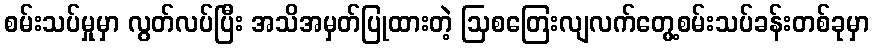
စမ်းသပ်မှုမှာ လွတ်လပ်ပြီး အသိအမှတ်ပြုထားတဲ့ ဩစတြေးလျလက်တွေ့စမ်းသပ်ခန်းတစ်ခုမှာ